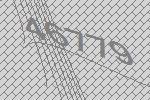
46779